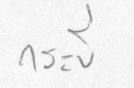
กระบี่